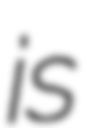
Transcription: is